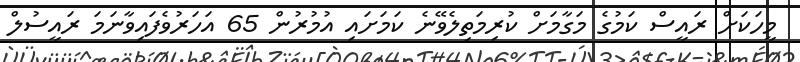
މީހަކަށް ރައީސް ކަމުގެ މަގާމަށް ކުރިމަތިލެވޭނެ ކަމަށައި އުމުރުން 65 އަހަރުވެފައިވާނަމަ ރައީސުލް